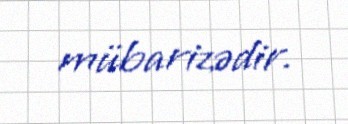
mübarizədir.